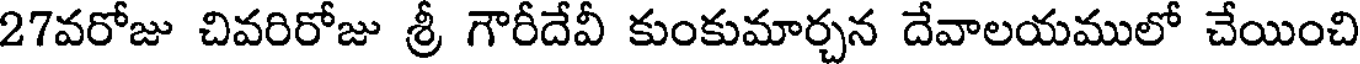
27వరోజు చివరిరోజు శ్రీ గౌరీదేవీ కుంకుమార్చన దేవాలయములో చేయించి